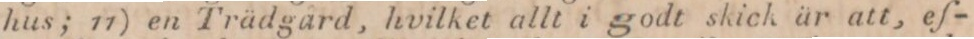
hus; 11) en Trädgard, hvilket allt i godt skick är att, ef-